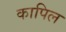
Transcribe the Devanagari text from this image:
कापिल